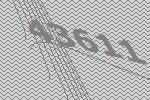
43611